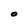
Character: O